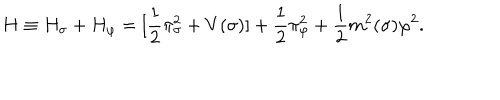
LaTeX: H \equiv H _ { \sigma } + H _ { \varphi } = [ \frac { 1 } { 2 } \pi _ { \sigma } ^ { 2 } + V ( \sigma ) ] + \frac { 1 } { 2 } \pi _ { \varphi } ^ { 2 } + \frac { 1 } { 2 } m ^ { 2 } ( \sigma ) \varphi ^ { 2 } .